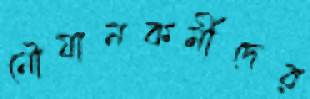
নৌযানকর্মীদের